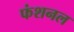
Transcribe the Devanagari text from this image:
फंशनल